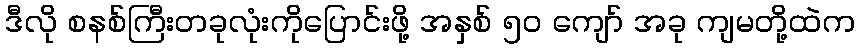
ဒီလို စနစ်ကြီးတခုလုံးကိုပြောင်းဖို့ အနှစ် ၅၀ ကျော် အခု ကျမတို့ထဲက